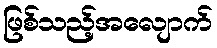
ဖြစ်သည့်အလျောက်